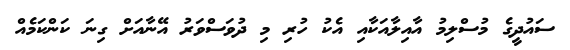
ސައުދީގެ މުސްލިމު އާއިލާއަކާއި އެކު ހުރި މި ދުވަސްވަރު އޭނާއަށް ގިނަ ކަންކަމެއް